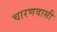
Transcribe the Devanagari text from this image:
चारणवासी